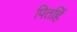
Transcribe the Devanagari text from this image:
पितहिं